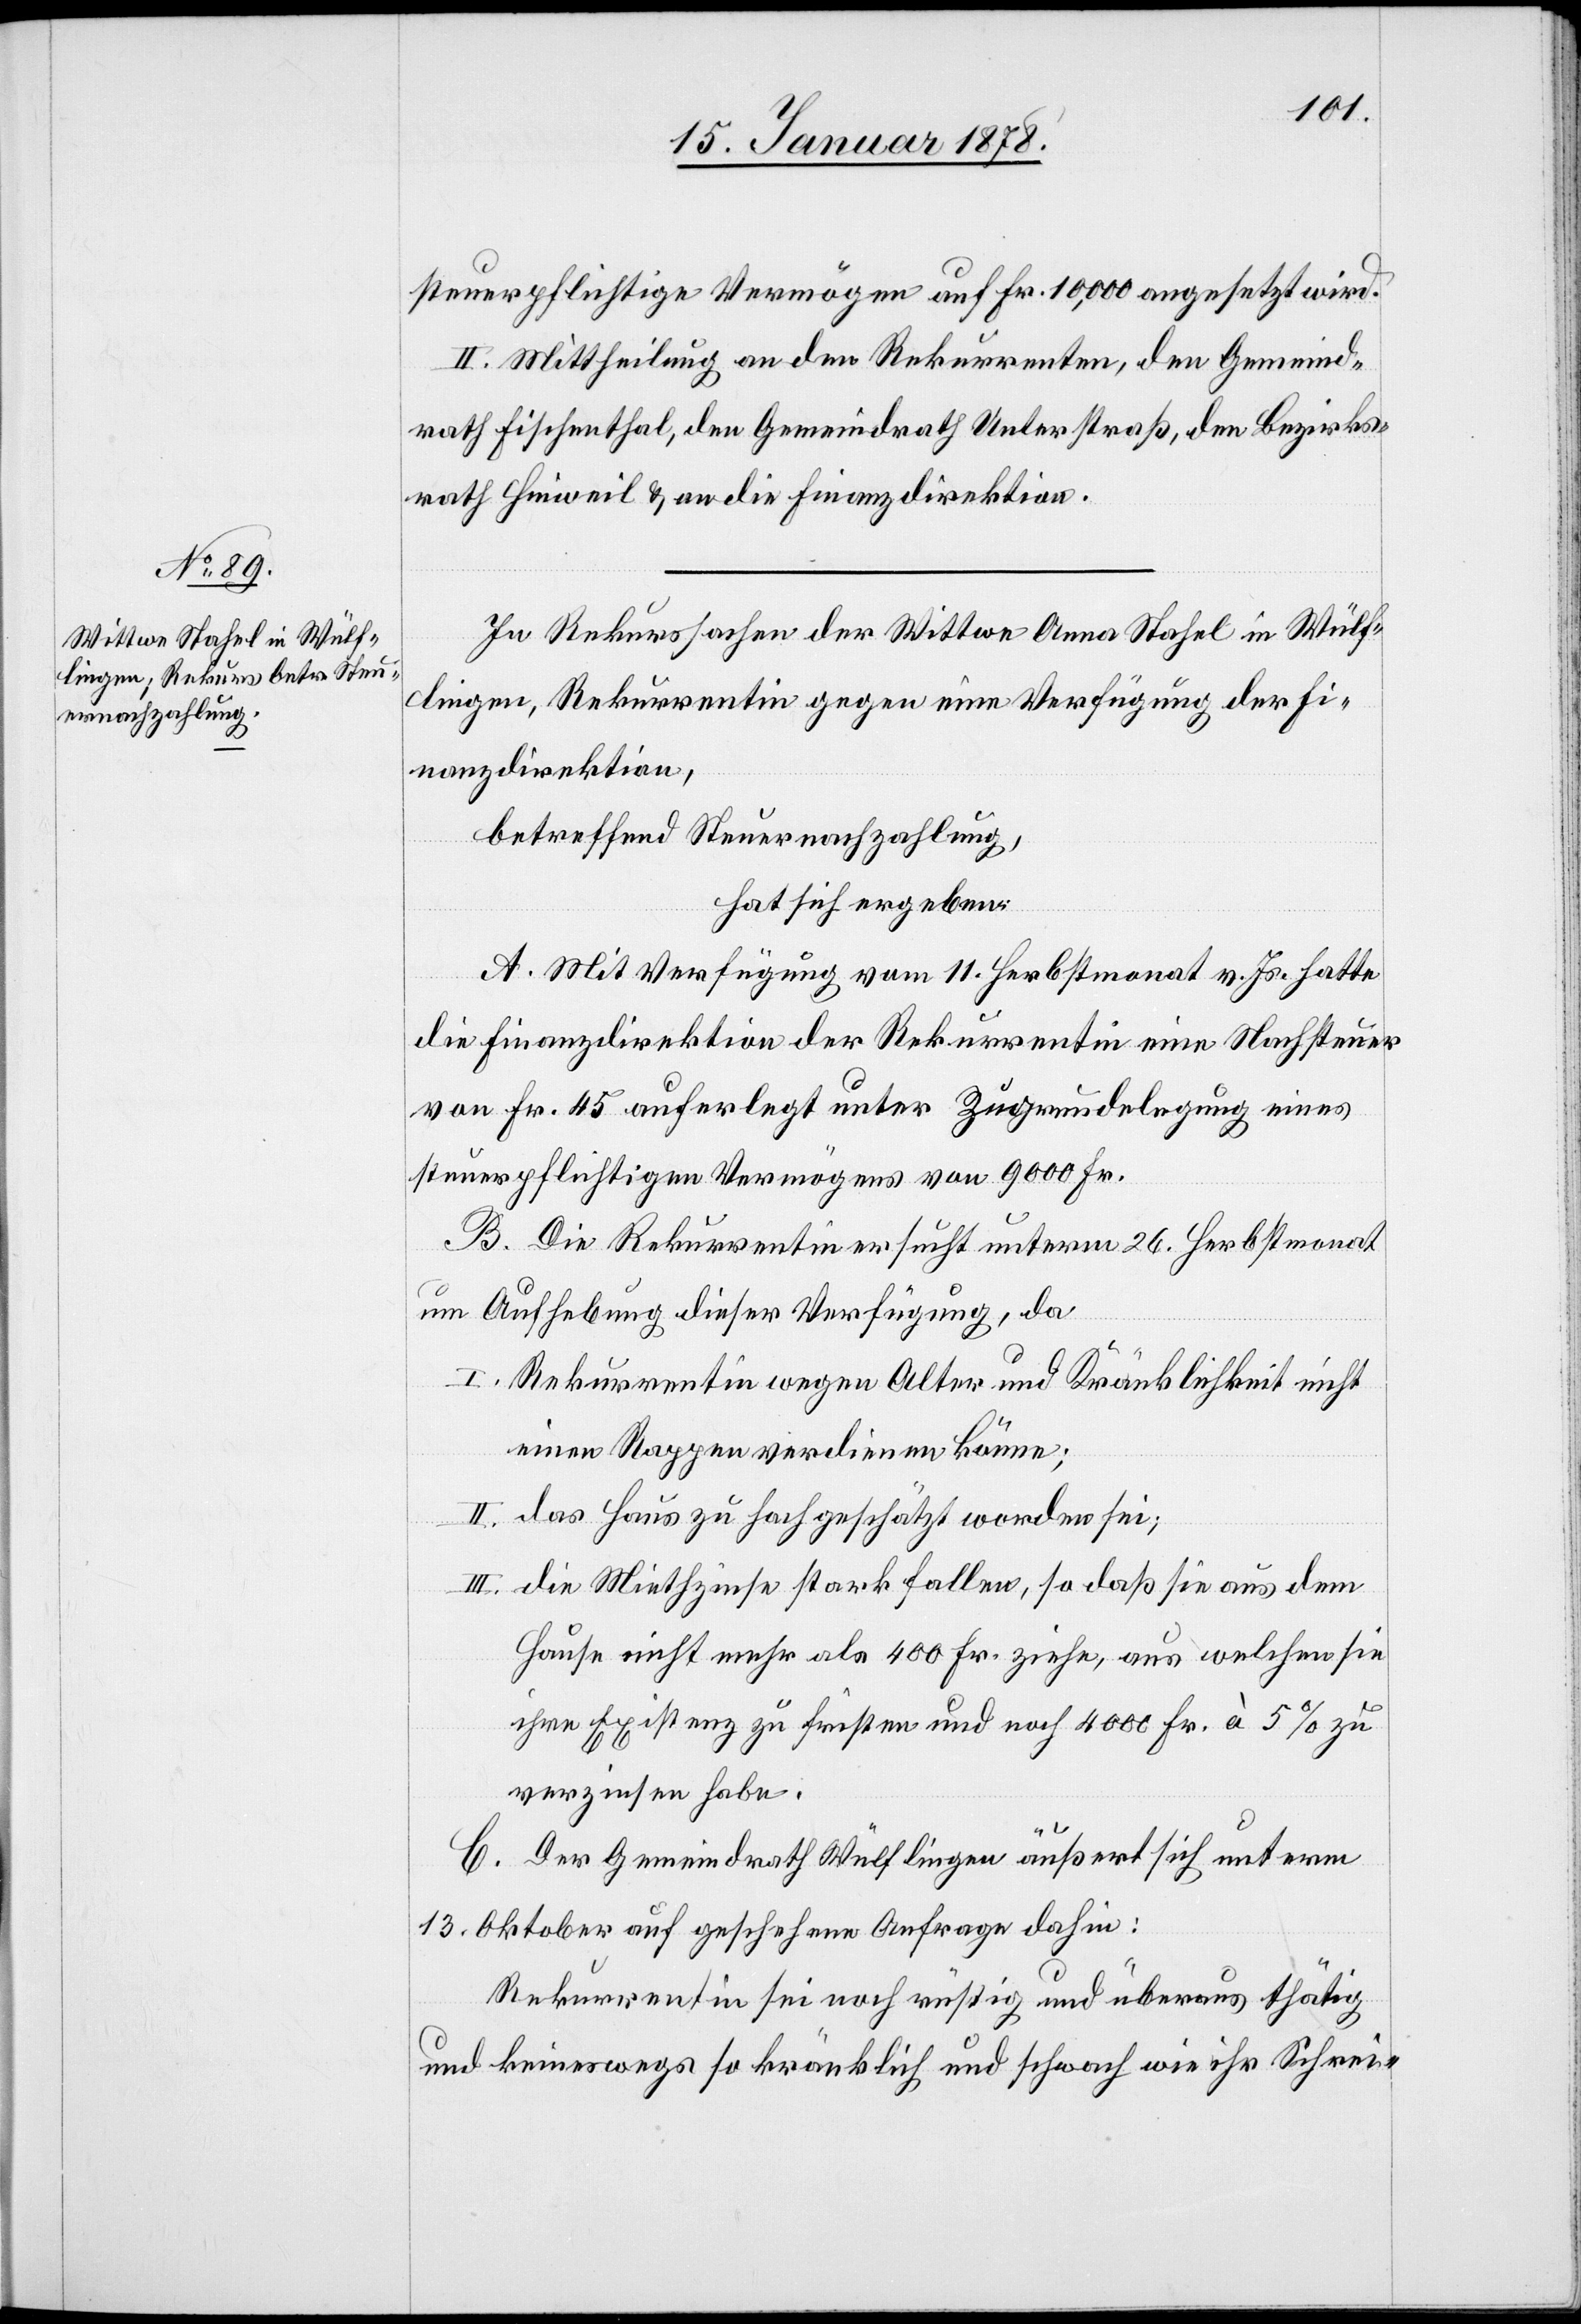
steuerpflichtige Vermögen auf Fr. 10,000 angesetzt wird.
II. Mittheilung an den Rekurrenten, den Gemeind¬
rath Fischenthal, den Gemeindrath Unterstraß, den Bezirks¬
rath Hinweil & an die Finanzdirektion.
In Rekurssachen der Wittwe Anna Stahel in Wülf¬
lingen, Rekurrentin gegen eine Verfügung der Fi¬
nanzdirektion,
betreffend Steuernachzahlung,
hat sich ergeben:
A. Mit Verfügung vom 11. Herbstmonat v. Js. hatte
die Finanzdirektion der Rekurrentin eine Nachsteuer
von Fr. 45 auferlegt unter Zugrundelegung eines
steuerpflichtigen Vermögens von 9000 Fr.
B. Die Rekurrentin ersucht unterm 26. Herbstmonat
um Aufhebung dieser Verfügung, da
I. Rekurrentin wegen Alter und Kränklichkeit nicht
einen Rappen verdienen könne;
II. das Haus zu hoch geschätzt worden sei;
III. die Miethzinse stark fallen, so daß sie aus dem
Hause nicht mehr als 400 Fr. ziehe, aus welchen sie
ihre Existenz zu fristen und noch 40000 Fr, à 5% zu
verzinsen habe.
C. Der Gemeindrath Wülflingen äußert sich unterm
13. Oktober auf geschehene Anfrage dahin:
Rekurrentin sei noch rüstig und überaus thätig
und keineswegs so kränklich und schwach wie ihr Schrei-